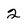
Character: 2